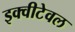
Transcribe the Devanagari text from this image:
इक्वीटेवल